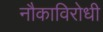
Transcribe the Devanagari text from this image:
नौकाविरोधी